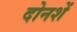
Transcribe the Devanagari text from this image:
दोनशें